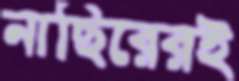
নাছিরেরই